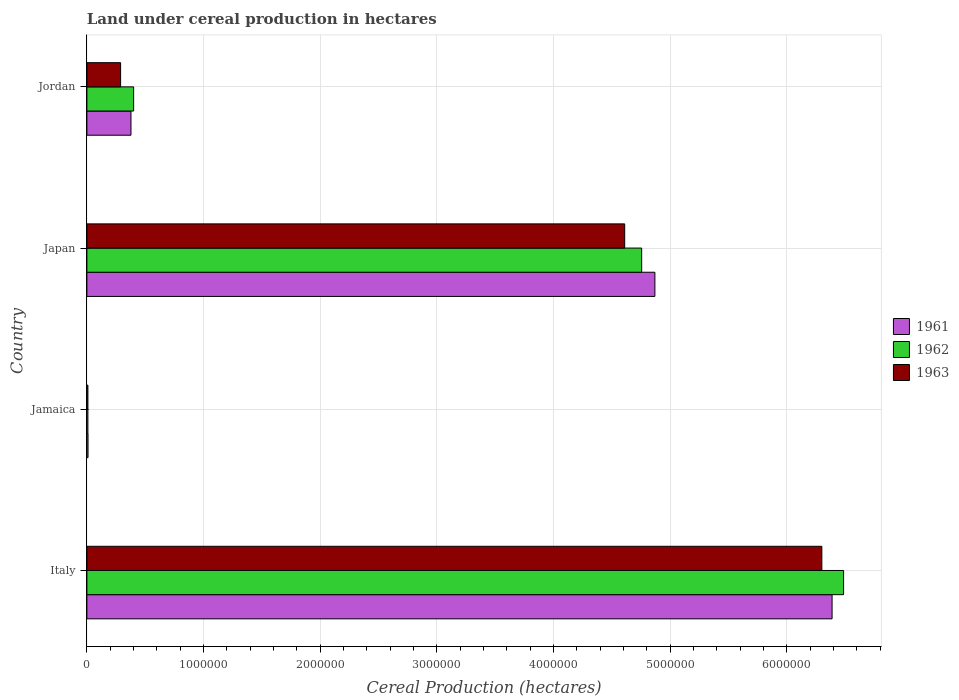
| Country | 1961 | 1962 | 1963 |
 | --- | --- | --- | --- |
 | Italy | 6.39e+06 | 6.49e+06 | 6.3e+06 |
 | Jamaica | 9.71e+03 | 8.58e+03 | 8.62e+03 |
 | Japan | 4.87e+06 | 4.76e+06 | 4.61e+06 |
 | Jordan | 3.78e+05 | 4.01e+05 | 2.89e+05 |